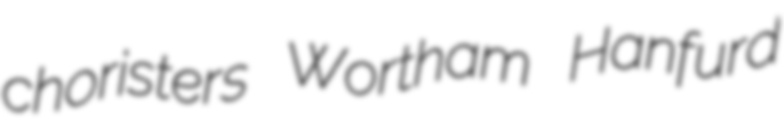
choristers Wortham Hanfurd